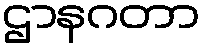
ဌာနဂတာ